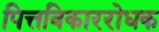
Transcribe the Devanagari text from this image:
पित्तविकाररोधक